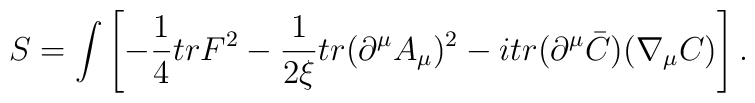
S = \int \left[-\frac{1}{4}tr F^2 -\frac{1}{2\xi }tr(\partial ^{\mu }A_\mu )^2 -i tr(\partial ^\mu \bar{C})(\nabla _\mu C)\right].